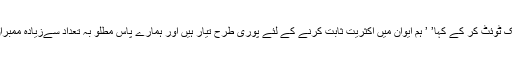
بی جے پی کرناٹک یونٹ نے ایک ٹوئٹ کر کے کہا’ ’ ہم ایوان میں اکثریت ثابت کرنے کے لئے پوری طرح تیار ہیں اور ہمارے پاس مطلو بہ تعداد سےزیادہ ممبران اسمبلی کی حمایت حاصل ہے ۔